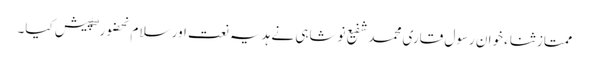
ممتاز ثناء خوان رسول قاری محمد شفیع نوشاہی نے ہدیہ نعت اور سلام بحضور ۖ پیش کیا۔